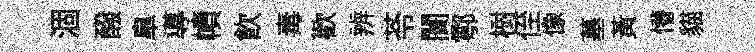
涸醱臯導幘飲毒歡辨苓闠鄠𣗳侄像墓黄懵貓